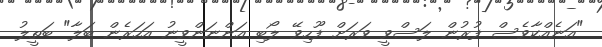
"އަނެއްކާވެސް ފުރުން ލަސްވީ ވަރަށް ފޫހިވޭ ލޯބި އަންނަންވީނު އަހަރެން ބަލާ" ބަތީލު